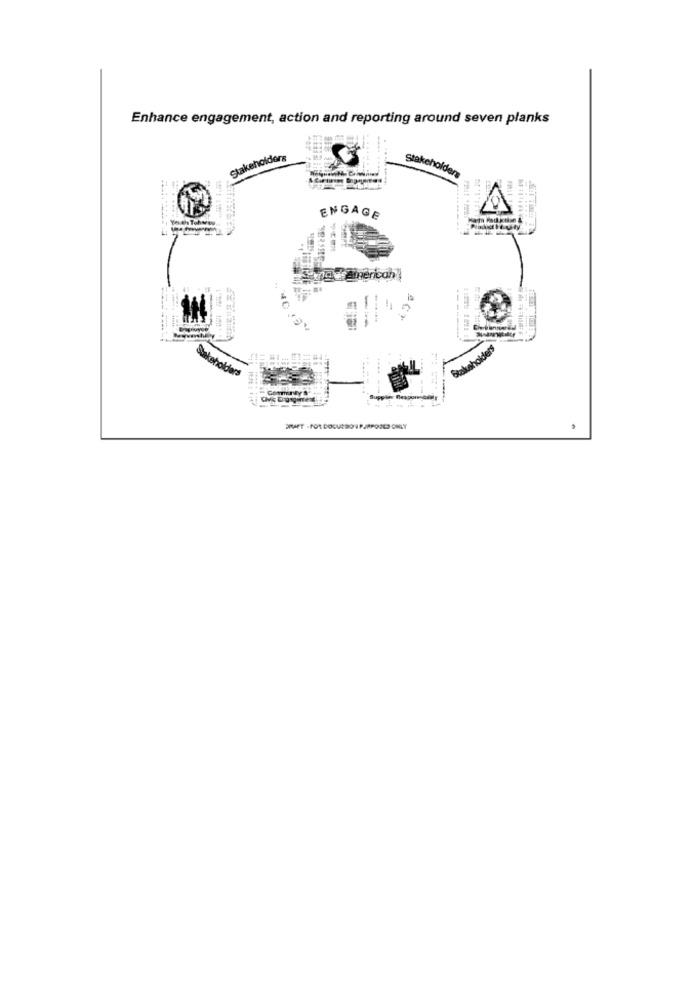
Enhance engagement, action and reporting around seven planks
Stakeholders
Stakeholders
ENGAGE
-und American
Stakeholders
Stakeholders
Community'S
Itt : 1:44
---
-------
ERAET - FOR DOCURSO 1 P.JAPOOLS ONLY
,